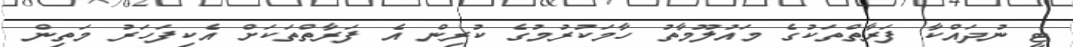
ޓީ ނުދައްކާ ފަރާތްތަކުގެ މައުލޫމާތު ހާމަކުރުމުގެ ކުރިން އެ ފަރާތްތަކަށް އެކިފަހަރު މަތިން